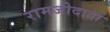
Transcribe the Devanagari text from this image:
रामजीदादा